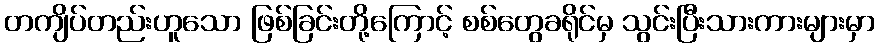
တကျိပ်တည်းဟူသော ဖြစ်ခြင်းတို့ကြောင့် စစ်တွေခရိုင်မှ သွင်းပြီးသားကားများမှာ